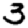
Digit: 3